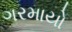
ગરમાયો